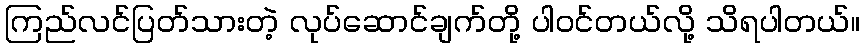
ကြည်လင်ပြတ်သားတဲ့ လုပ်ဆောင်ချက်တို့ ပါဝင်တယ်လို့ သိရပါတယ်။